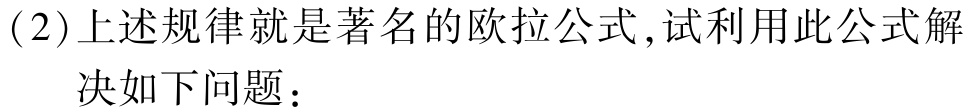
(2)上述规律就是著名的欧拉公式,试利用此公式解
    决如下问题：